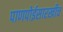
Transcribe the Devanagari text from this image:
पाणपोईसारखीच